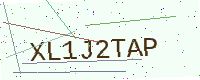
Text: XL1J2TAP